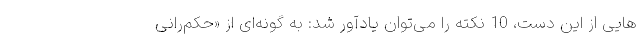
هایی از این دست، 10 نکته را می‌توان یادآور شد: به گونه‌ای از «حکم‌رانی